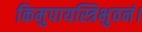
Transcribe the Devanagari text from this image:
किमुपायस्त्रिभुवनं।